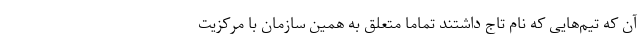
آن که تیم‌هایی که نام تاج داشتند تماما متعلق به همین سازمان با مرکزیت